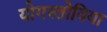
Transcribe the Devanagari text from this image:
योगस्लोविया